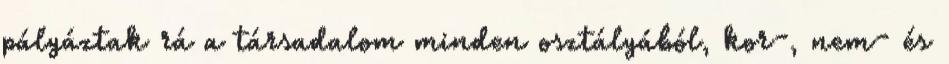
pályáztak rá a társadalom minden osztályából, kor-, nem- és